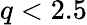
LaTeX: q<2.5